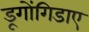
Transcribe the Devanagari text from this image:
डूगोंगिडाए